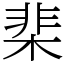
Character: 棐